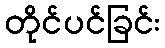
တိုင်ပင်ခြင်း